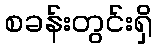
စခန်းတွင်းရှိ